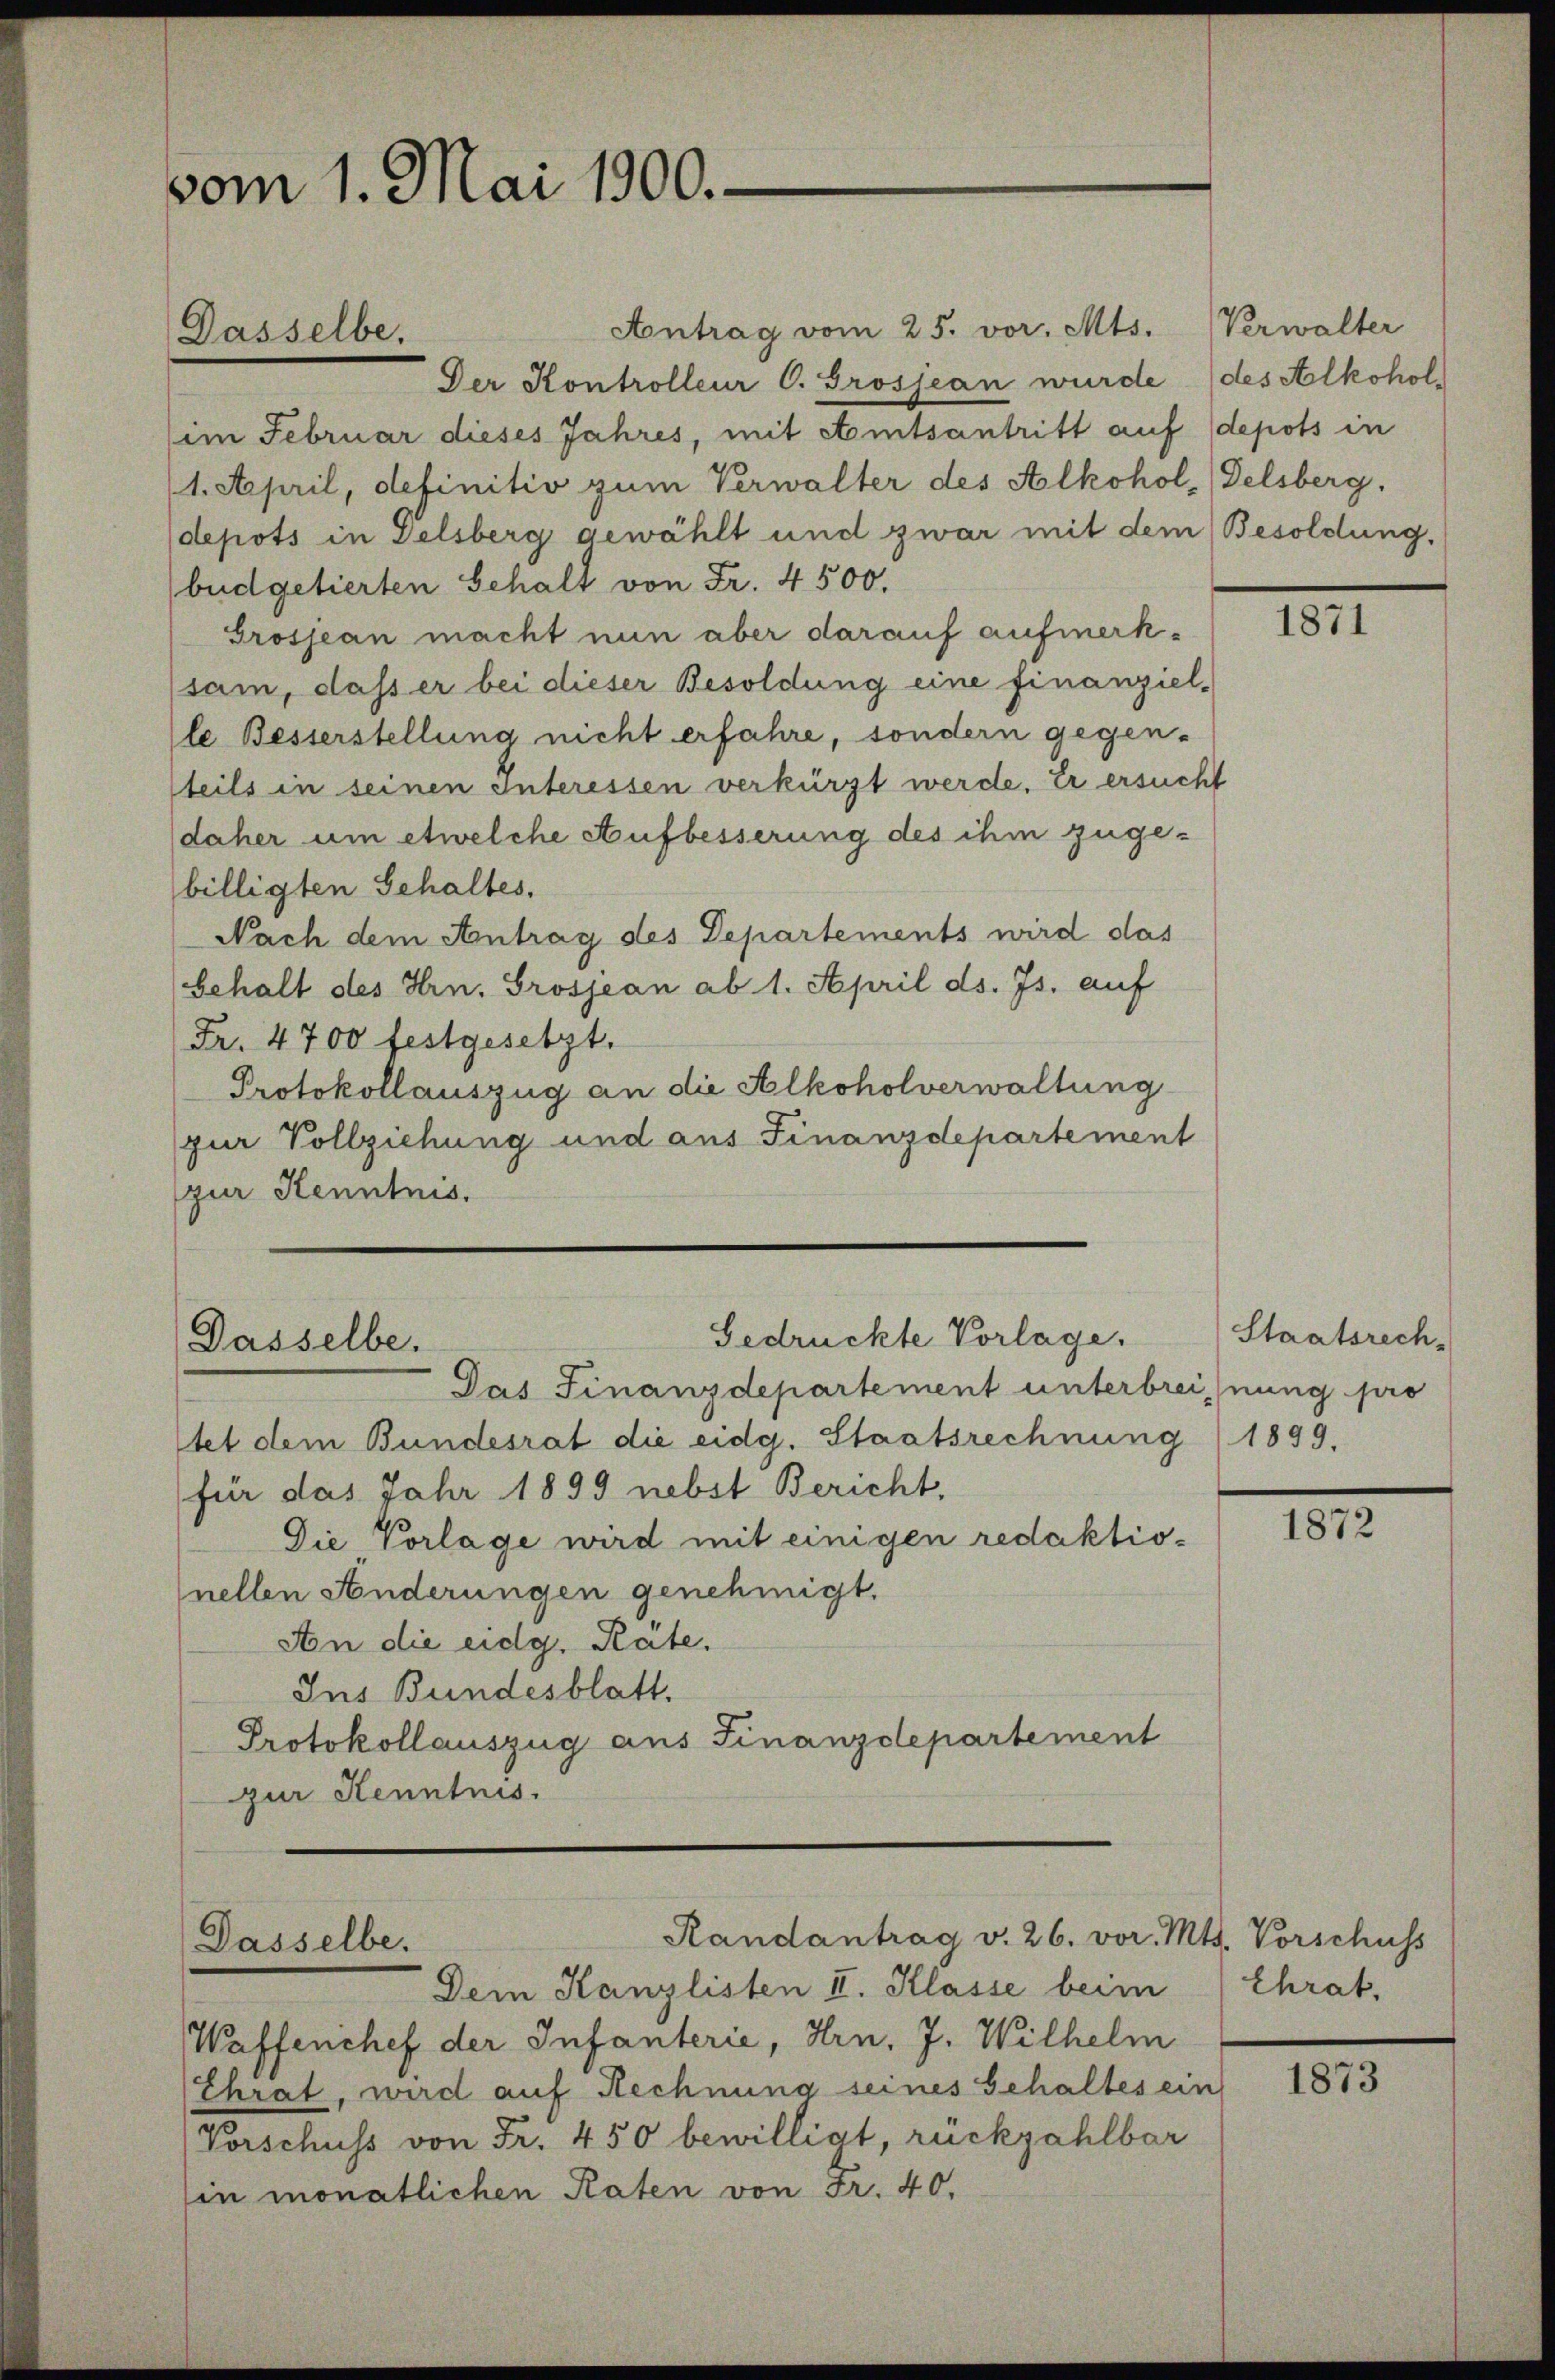
vom 1. Mai 1900.

Antrag vom 25. vor. Mts. Verwalter
Der Kontrolleur C. Grosjean wurde (des Alkohol,
im Februar dieses Jahres, mit Amtsantritt auf depots in
(1. April, definitiv zum Verwalter des Alkohol, (Delsberg.
depots in Felsberg gewählt und zwar mit dem Besoldung,
büdgetierten Gehalt von Fr. 4500.
Grosjean macht nun aber darauf aufmerksam, dass er bei dieser Besoldung eine finanziel-
le Besserstellung nicht erfahre, sondern gegen-
teils in seinen Interessen verkürzt werde. Er ersucht
daher um etwelche Aufbesserung des ihm zugebilligten Gehaltes,
Nach dem Antrag des Departements wird das
behalt des Hrn. Grosjean ab 1. April ds. Js. auf
Fr. 4700 festgesetzt.
Protokollauszug an die Alkoholverwaltung
zur Vollziehung und aus Finanzdepartement
zur Kenntnis.

Dasselbe.

Gedrückte Vorlage.
Dasselbe.

Das Finanzdepartement unterbreinung pro
tet dem Bundesrat die eidg. Staatsrechnung) 1899.
für das Jahr 1899 nebst Bericht,
Die Vorlage wird mit einigen redaktio-
nellen Anderungen genehmigt.
An die eidg. Räte.
Ins Bundesblatt.
Protokollauszug aus Finanzdepartement
zur Kenntnis.

Randantrag v. 26. vor. Mts. Vorschuss
Dasselbe.
Dem Kanzlisten II. Klasse beim

Waffenchef der Infanterie, Hrn. J. Wilhelm
Thrat, wird auf Rechnung seines Gehaltes ein
(Vorschuss von Fr. 450 bewilligt, rückzahlbar
(in monatlichen Raten von Fr. 40.

1871

Staatsrech

1872

Chrat.

1873